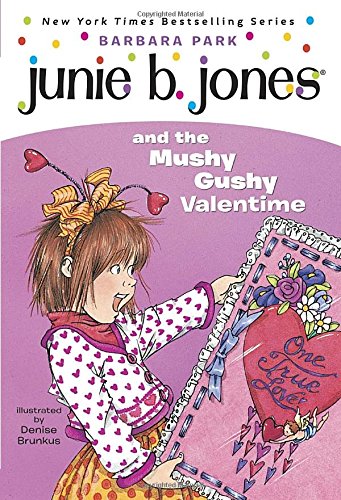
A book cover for Junie B. Jones and the Mushy Gushy Valentime (Junie B. Jones #14); Barbara Park; Children's Books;